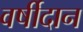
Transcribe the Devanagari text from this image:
वर्षीदान